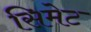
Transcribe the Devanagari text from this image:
सिमेट